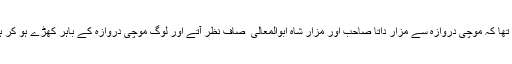
شہر اس قدر کھلا کھلا تھا کہ موچی دروازہ سے مزار داتا صاحبؒ اور مزار شاہ ابوالمعالی ؒ صاف نظر آتے اور لوگ موچی دروازہ کے باہر کھڑے ہو کر ہی دعا مانگ لیا کرتے۔